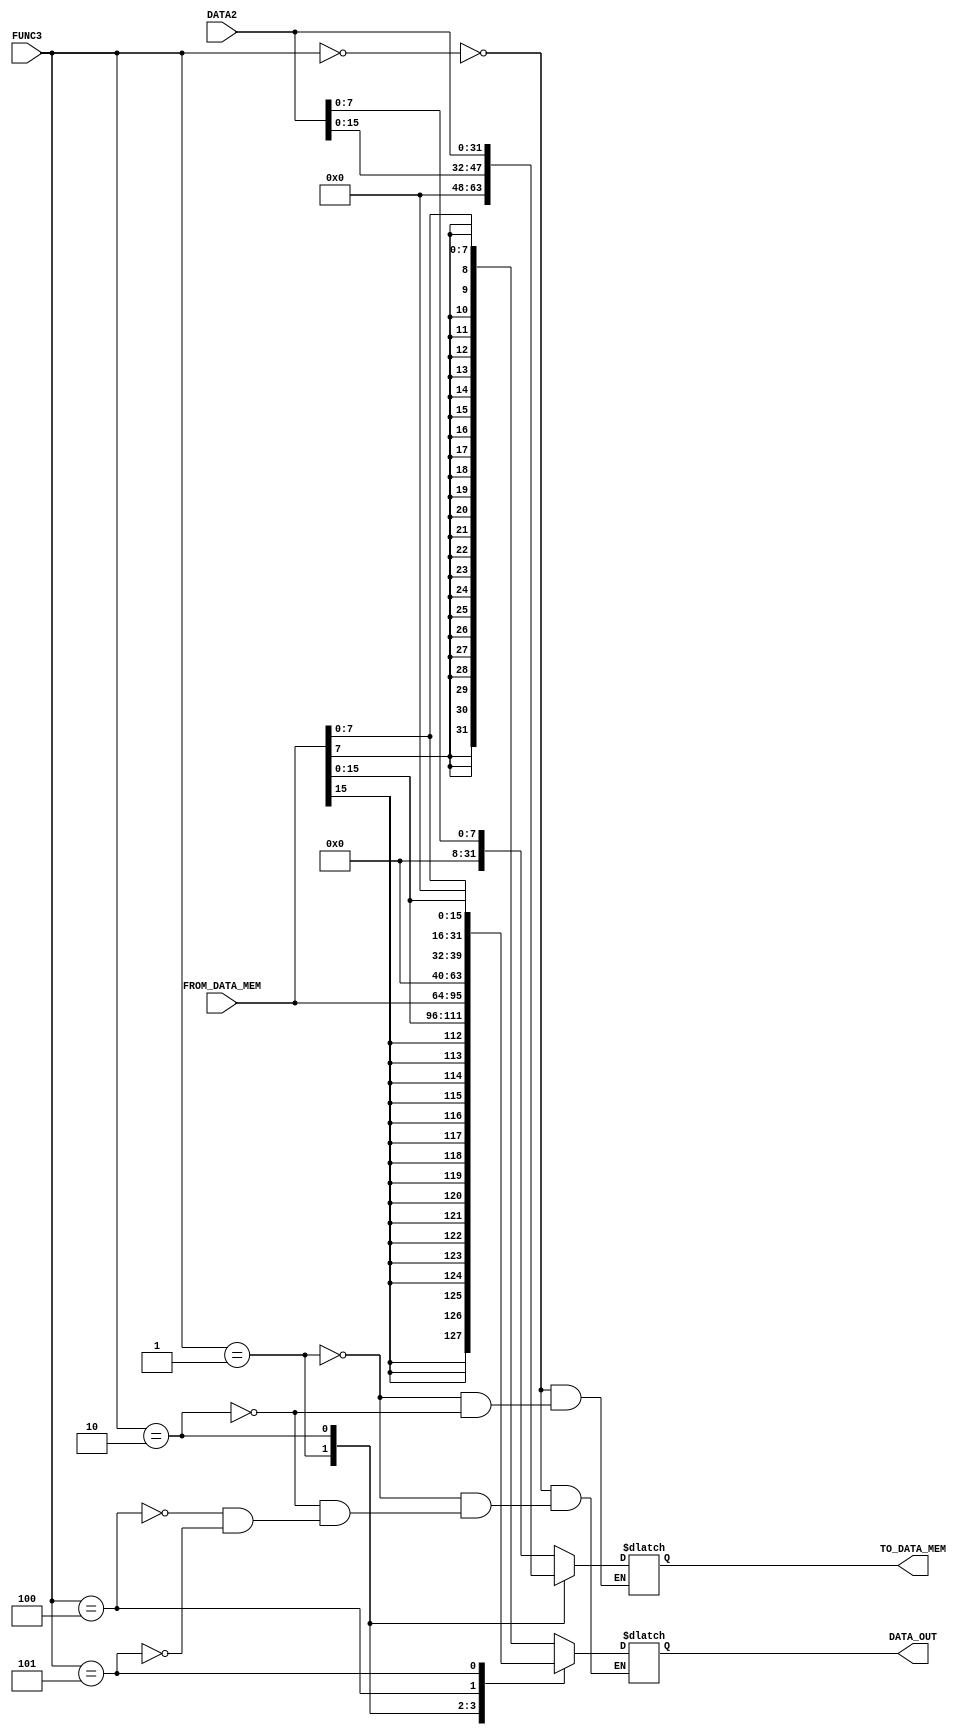
module Data_Correcting_Module (
    FUNC3,
    FROM_DATA_MEM,
    DATA_OUT,
    TO_DATA_MEM,
    DATA2
);


input [2:0] FUNC3;
input [31:0] FROM_DATA_MEM,DATA2;
output reg [31:0] DATA_OUT,TO_DATA_MEM;
wire [31:0] lb,lbu,lh,lhu,sh,sb;


assign lb ={{24{FROM_DATA_MEM[7]}},FROM_DATA_MEM[7:0]};
assign lbu ={{24{1'b0}},FROM_DATA_MEM[7:0]};
assign lh ={{16{FROM_DATA_MEM[15]}},FROM_DATA_MEM[15:0]};
assign lhu ={{16{1'b0}},FROM_DATA_MEM[15:0]};


assign sb ={{24{1'b0}},DATA2[7:0]};
assign sh ={{16{1'b0}},DATA2[15:0]};

always @(*) begin
    case(FUNC3)
        // Byte
        3'b000:begin
            DATA_OUT<=lb;
        end
        // HAlf word
        3'b001:begin
            DATA_OUT<=lh;
        end

        3'b010:begin
            DATA_OUT<=FROM_DATA_MEM;
        end
        // Byte unsignned
        3'b100:begin
            DATA_OUT<=lbu;
        end
        // Half word unsignned
        3'b101:begin
            DATA_OUT<=lhu;
        end
    endcase
end

always @(*)begin
    case(FUNC3)
        // Byte
        3'b000: begin    
            TO_DATA_MEM <= sb;
        end
        // Half Word
        3'b001: begin   
            TO_DATA_MEM <= sh;
        end
        3'b010:begin      
            TO_DATA_MEM <= DATA2;
        end
        endcase
end


endmodule